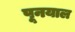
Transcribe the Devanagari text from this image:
पूनयाल